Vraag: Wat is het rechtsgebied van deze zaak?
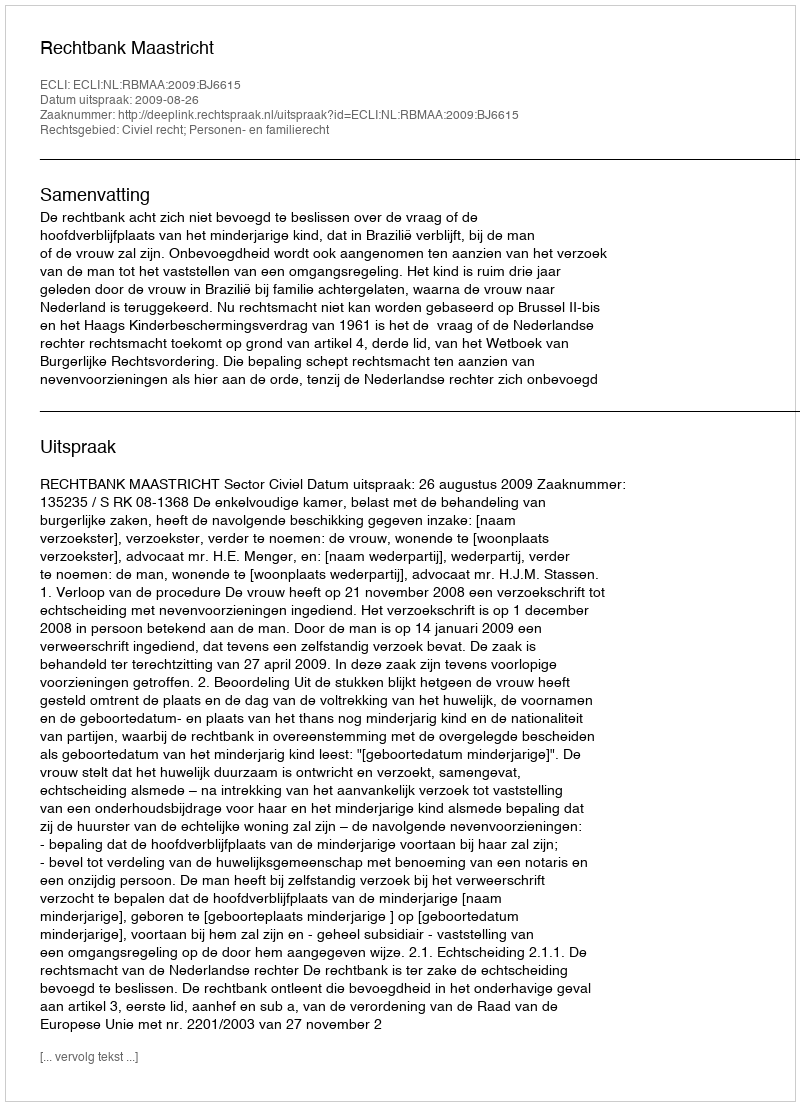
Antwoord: Civiel recht; Personen- en familierecht